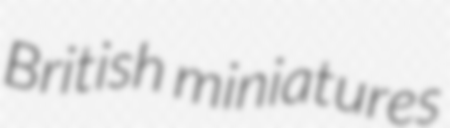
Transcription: British miniatures